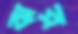
ঝর